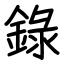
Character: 錄